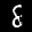
Label: 8